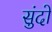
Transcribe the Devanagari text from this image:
सुंदो